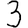
Digit: 3